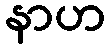
နာဟ